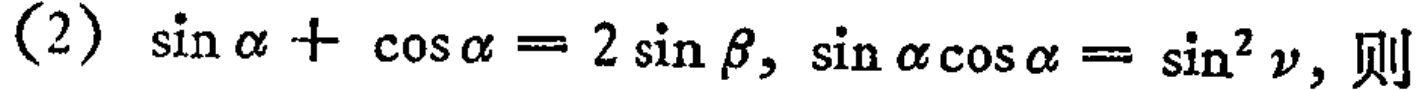
(2) \(\sin\alpha+\cos\alpha = 2\sin\beta,\sin\alpha\cos\alpha=\sin^{2}\nu\), 则